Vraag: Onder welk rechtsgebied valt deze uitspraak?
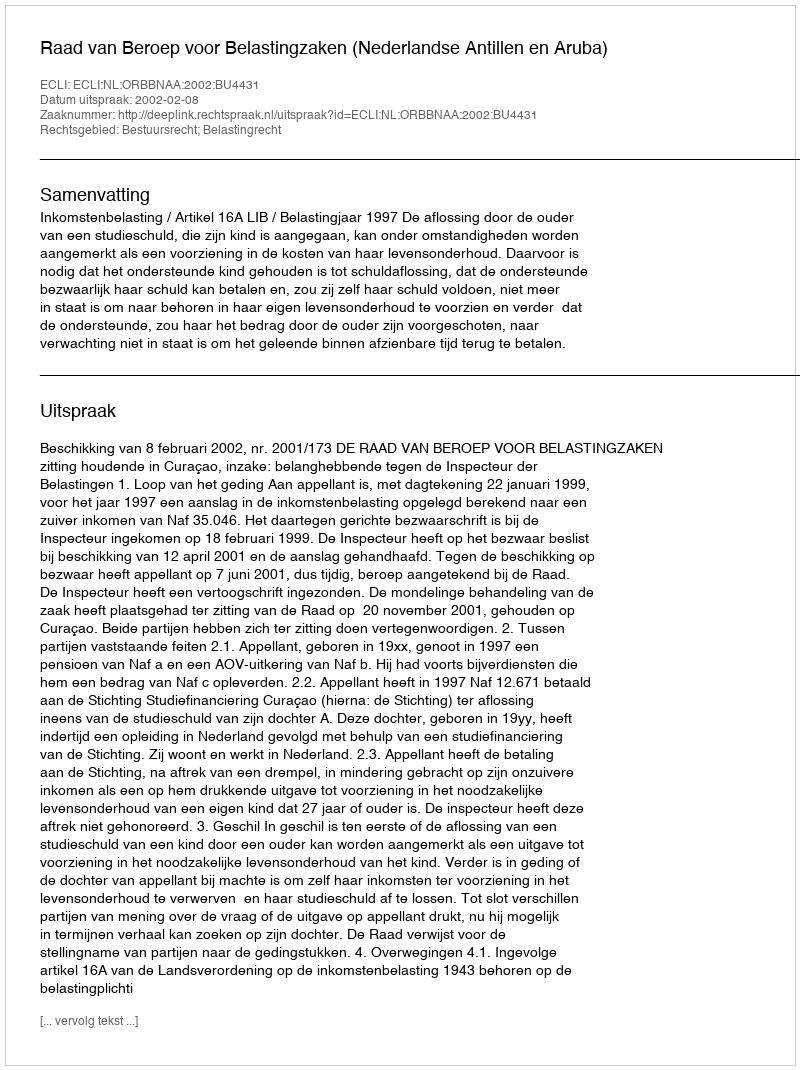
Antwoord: Bestuursrecht; Belastingrecht